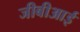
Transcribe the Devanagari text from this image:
जीबीआई